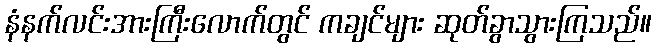
နံနက်လင်းအားကြီးလောက်တွင် ကချင်များ ဆုတ်ခွာသွားကြသည်။